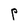
Character: P